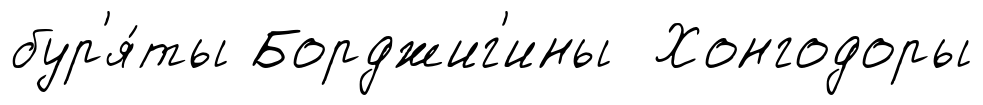
бур'я́ты Борджиг'ины Хонгодоры